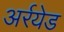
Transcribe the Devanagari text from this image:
अर्रयेड